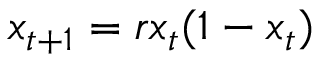
x _ { t + 1 } = r x _ { t } ( 1 - x _ { t } )